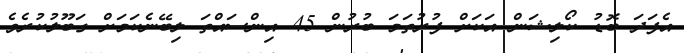
އެފަދަ ބޮޑު ކޯލިޝަން އަކަށް ފުރުތަމަ ބުރުން 45 އިންސައްތަ ލިބޭނެކަމަށް ގަބޫލުކުރެވެ